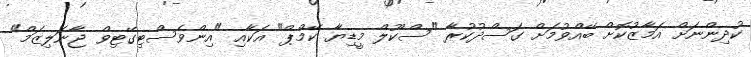
ކުދިންނަށް އަމާޒުކޮށް ބޭއްވުމަށް ގަސްދުކުރާ "ސްކޫލް މީޑިޔާ ކޭމްޕް" އަކާއި "އިންވެސްޓިގޭޓިވް ޖާނަލިޒަމް"